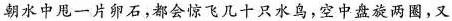
朝水中甩一片卵石，都会惊飞几十只水鸟，空中盘旋两圈，又